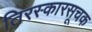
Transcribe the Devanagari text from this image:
तिरस्कारसूचक